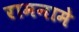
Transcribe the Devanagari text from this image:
रामनामे